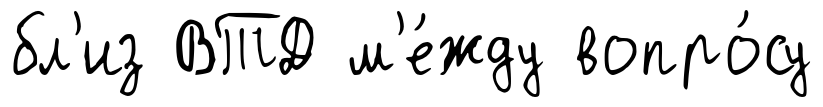
бл'из ВТД м'е́жду вопро́су